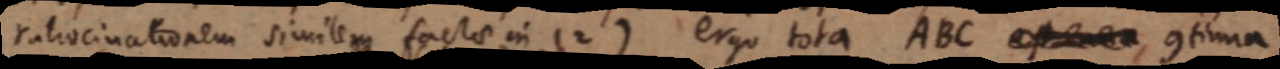
ratiocinationem similem factae in (2) ergo tota ABC _ , continua